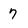
Character: 7